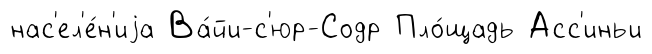
нас'ел'е́н'иjа Ва́йи-с'юр-Содр Пло́щадь Асс'иньи